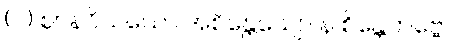
(၂) ဈာနဝိသယော အစိန္တေယျော န စိန္တေတဗ္ဗော